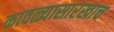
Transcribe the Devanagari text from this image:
कावळ्यासारखाच